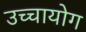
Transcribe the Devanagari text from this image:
उच्‍चायोग